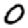
Digit: 0